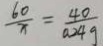
\frac { 6 0 } { x } = \frac { 4 0 } { 0 . 2 4 g }